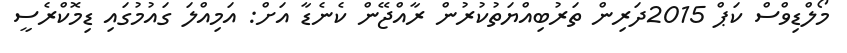
މޯލްޑިވްސް ކަޕް 2015ދަރިން ތަރުބިއްޔަތުކުރުން ރާއްޖޭން ކެނެޑާ އަށް: އަމިއްލަ ގައުމުގައި ޑިމޮކްރެސީ